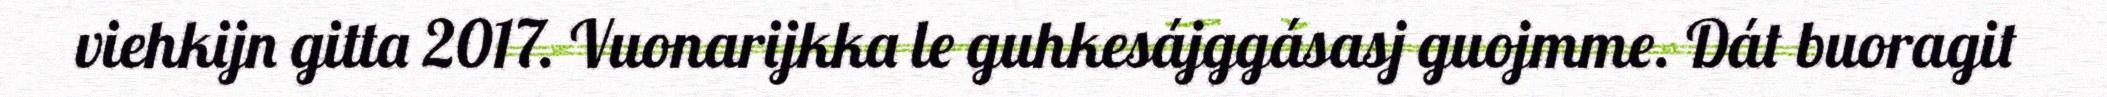
viehkijn gitta 2017. Vuonarijkka le guhkesájggásasj guojmme. Dát buoragit